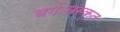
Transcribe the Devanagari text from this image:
वर्गःसंस्कृत